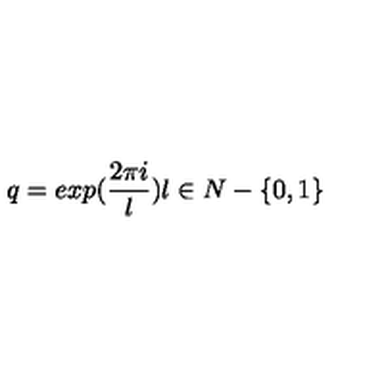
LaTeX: q = e x p ( \frac { 2 \pi i } { l } ) l \in N - \{ 0 , 1 \}